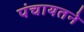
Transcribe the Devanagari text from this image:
पंचायतने